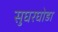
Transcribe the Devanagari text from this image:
सुघरघोडा